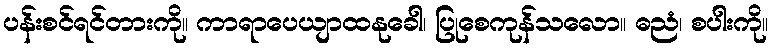
ပန်းစင်ရင်တားကို။ ကာရာပေယျာထနုခေါ၊ ပြုစေကုန်သလော။ ဓညံ၊ စပါးကို။